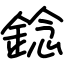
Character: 錜